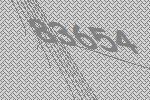
83654